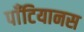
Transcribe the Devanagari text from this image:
पाँटियानस